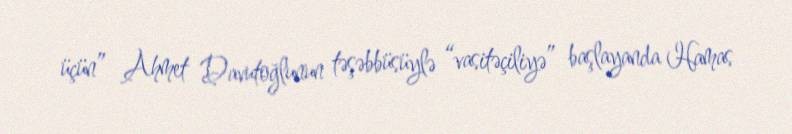
üçün” Ahmet Davutoğlunun təşəbbüsüylə “vasitəçiliyə” başlayanda Hamas